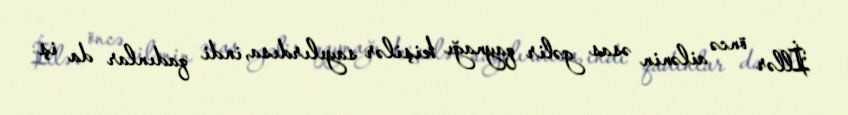
İllər öncə ailənin əsas gəlir qaynağı kişilər sayılırdısa, indi qadınlar da iş